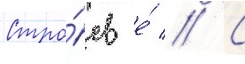
Стро́ев е́ // С